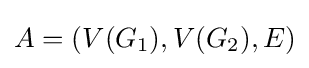
A=(V(G_{1}),V(G_{2}),E)